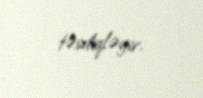
təsdiqləyir.